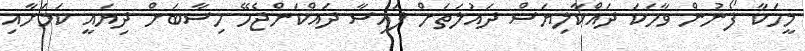
މީހަކާ ފޯނުން ވާހަކަ ދައްކާލިޔަސް ދައުލަތަށް ފައިސާ ދައްކަންޖެހޭ ހިސާބަށް ދިިޔައީ ކަމަށާއި